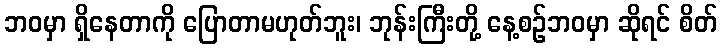
ဘဝမှာ ရှိနေတာကို ပြောတာမဟုတ်ဘူး၊ ဘုန်းကြီးတို့ နေ့စဉ်ဘဝမှာ ဆိုရင် စိတ်